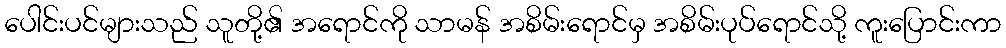
ပေါင်းပင်များသည် သူတို့၏ အရောင်ကို သာမန် အစိမ်းရောင်မှ အစိမ်းပုပ်ရောင်သို့ ကူးပြောင်းကာ